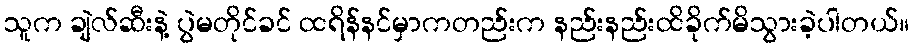
သူက ချဲလ်ဆီးနဲ့ ပွဲမတိုင်ခင် ထရိန်နင်မှာကတည်းက နည်းနည်းထိခိုက်မိသွားခဲ့ပါတယ်။